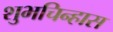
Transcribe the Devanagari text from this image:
शुभचिन्हास